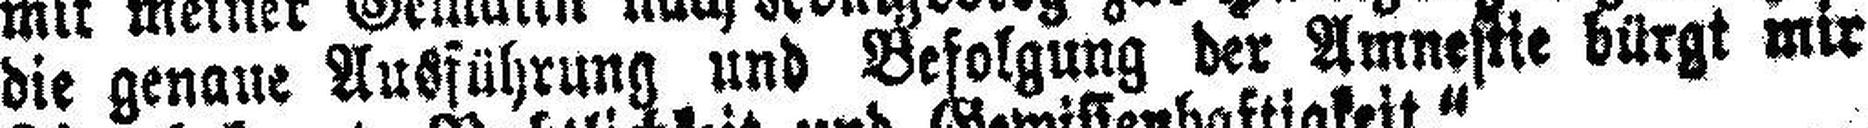
die genaue Ausführung und Befolgung der Amnestie bürgt mir